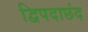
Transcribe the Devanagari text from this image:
द्विपदाछंद